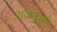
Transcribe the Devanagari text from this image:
गर्वानुभूति